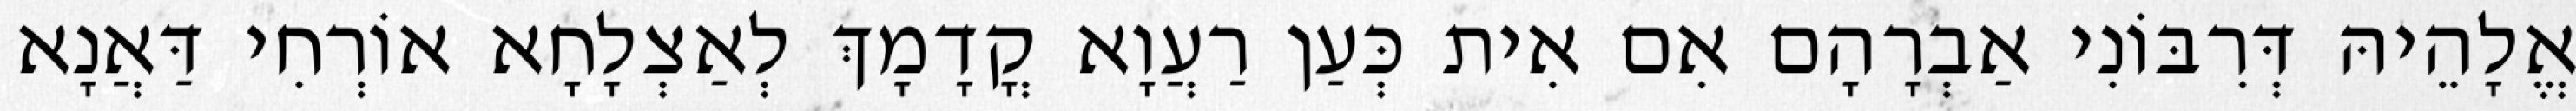
אֱלָהֵיהּ דְּרִבּוֹנִי אַבְרָהָם אִם אִית כְּעַן רַעֲוָא קֳדָמָךְ לְאַצְלָחָא אוֹרְחִי דַּאֲנָא